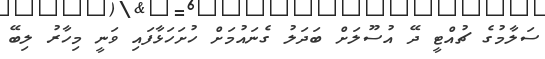
ސަލާމުގެ ޗުއްޓީ ދޭ އުސޫލަށް ބަދަލު ގެނައުމަށް ހުށަހަޅާފައި ވަނީ މިހާރު ލިބޭ